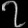
Digit: ၇